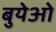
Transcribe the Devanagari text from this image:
बुयेओ